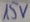
Text: 15V